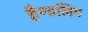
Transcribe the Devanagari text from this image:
हैण्डलिंग